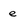
Character: e